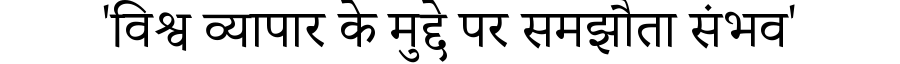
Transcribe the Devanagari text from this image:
'विश्व व्यापार के मुद्दे पर समझौता संभव'